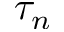
\tau _ { n }